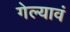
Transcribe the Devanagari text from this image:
गेल्यावं